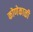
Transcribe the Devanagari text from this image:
कोणेकाळी